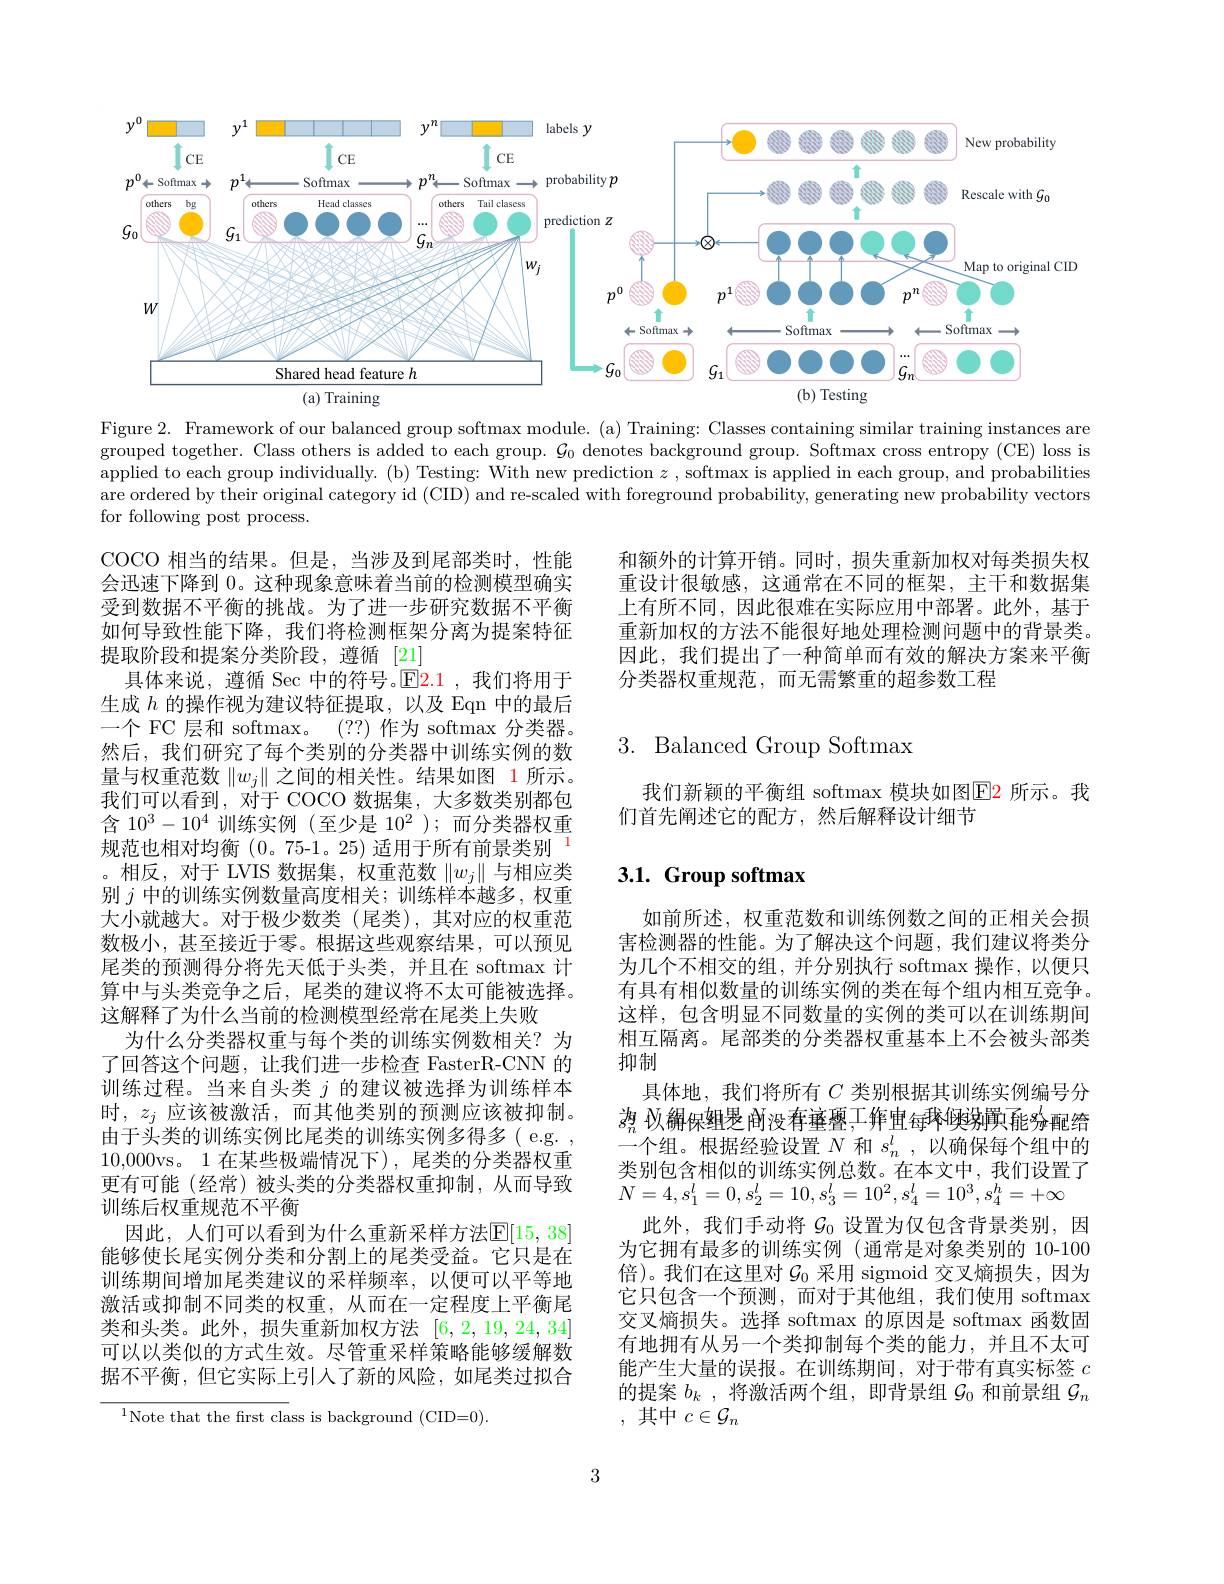
<FigureHere>

Figure 2. Framework of our balanced group softmax module. (a) Training: Classes containing similar training instances are grouped together. Class others is added to each group. $\mathcal{G}_0$ denotes background group. Softmax cross entropy (CE) loss is applied to each group individually. (b) Testing: With new prediction $z$ , softmax is applied in each group, and probabilities are ordered by their original category id (CID) and re-scaled with foreground probability, generating new probability vectors for following post process.

和额外的计算开销。同时，损失重新加权对每类损失权重设计很敏感，这通常在不同的框架，主干和数据集上有所不同，因此很难在实际应用中部署。此外，基于重新加权的方法不能很好地处理检测问题中的背景类。因此，我们提出了一种简单而有效的解决方案来平衡分类器权重规范，而无需繁重的超参数工程

## 3. Balanced Group Softmax

我们新颖的平衡组 softmax 模块如图$\color{red}{\mathrm{E2}}$ 所示。我
们首先阐述它的配方，然后解释设计细节

# 3.1. Group softmax

COCO 相当的结果。但是，当涉及到尾部类时，性能会迅速下降到 0。这种现象意味着当前的检测模型确实受到数据不平衡的挑战。为了进一步研究数据不平衡如何导致性能下降，我们将检测框架分离为提案特征提取阶段和提案分类阶段，遵循[21]
具体来说，遵循 Sec 中的符号。$\color{red}{\mathrm{E2.1~,我们将用于}}$ 生成$h$的操作视为建议特征提取，以及 Eqn 中的最后一个 FC 层和 softmax。(??)作为 softmax 分类器。然后，我们研究了每个类别的分类器中训练实例的数量与权重范数$\|w_j\|$之间的相关性。结果如图 1 所示。我们可以看到，对于 COCO 数据集，大多数类别都包含 $10^{3}- 10^{4}$ 训 练 实 例 ( 至 少 是 $10^{2}$ ) ; 而 分 类 器 权 重 规 范 也 相 对 均 衡 ( 0。75- 1。25) 适 用 于 所 有 前 景 类 别。相反，对于 LVIS 数据集，权重范数$\|w_j\|$与相应类别$j$中的训练实例数量高度相关；训练样本越多，权重大小就越大。对于极少数类(尾类),其对应的权重范数极小，甚至接近于零。根据这些观察结果，可以预见尾类的预测得分将先天低于头类，并且在 softmax 计算中与头类竞争之后，尾类的建议将不太可能被选择。这解释了为什么当前的检测模型经常在尾类上失败
为什么分类器权重与每个类的训练实例数相关？为了回答这个问题，让我们进一步检查 FasterR-CNN 的训练过程。当来自头类$j$的建议被选择为训练样本时，$z_j$应该被激活，而其他类别的预测应该被抑制。由于头类的训练实例比尾类的训练实例多得多( e.g. , 10,000vs。1在某些极端情况下),尾类的分类器权重更有可能(经常)被头类的分类器权重抑制，从而导致训练后权重规范不平衡
因此，人们可以看到为什么重新采样方法$\mathbb{E}[15,38]$ 能够使长尾实例分类和分割上的尾类受益。它只是在训练期间增加尾类建议的采样频率，以便可以平等地激活或抑制不同类的权重，从而在一定程度上平衡尾类和头类。此外，损失重新加权方法[6,2,19,24,34] 可以以类似的方式生效。尽管重采样策略能够缓解数据不平衡，但它实际上引入了新的风险，如尾类过拟合

如前所述，权重范数和训练例数之间的正相关会损害检测器的性能。为了解决这个问题，我们建议将类分为几个不相交的组，并分别执行 softmax 操作，以便只有具有相似数量的训练实例的类在每个组内相互竞争。这样，包含明显不同数量的实例的类可以在训练期间相互隔离。尾部类的分类器权重基本上不会被头部类抑制
具体地，我们将所有$C$类别根据其训练实例编号分$\textit{想 议 解 保 组 是 间 没 有 垂 叠 , 工 }$年中每球候说，能$s_\mathrm{\vartheta}^l$配给一个组。根据经验设置$N$和$s_n^l$,以确保每个组中的类别包含相似的训练实例总数。在本文中，我们设置了$N=4,s_{1}^{l}=0,s_{2}^{l}=10,s_{3}^{l}=10^{2},s_{4}^{l}=10^{3},s_{4}^{h}=+\infty$
此外，我们手动将$\mathcal{G}_0$设置为仅包含背景类别，因为它拥有最多的训练实例 (通常是对象类别的 10-100倍)。我们在这里对$\mathcal{G}_0$采用 sigmoid 交叉熵损失，因为它只包含一个预测，而对于其他组，我们使用 softmax 交叉熵损失。选择 softmax 的原因是 softmax 函数固有地拥有从另一个类抑制每个类的能力，并且不太可能产生大量的误报。在训练期间，对于带有真实标签$c$ 的提案$b_k$ ,将激活两个组，即背景组$\mathcal{G}_0$和前景组$\mathcal{G}_n$ ,其中$c\in\mathcal{G}_n$

$^{1}$Note that the first class is background (CID=0).

3